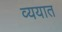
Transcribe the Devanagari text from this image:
व्ययात